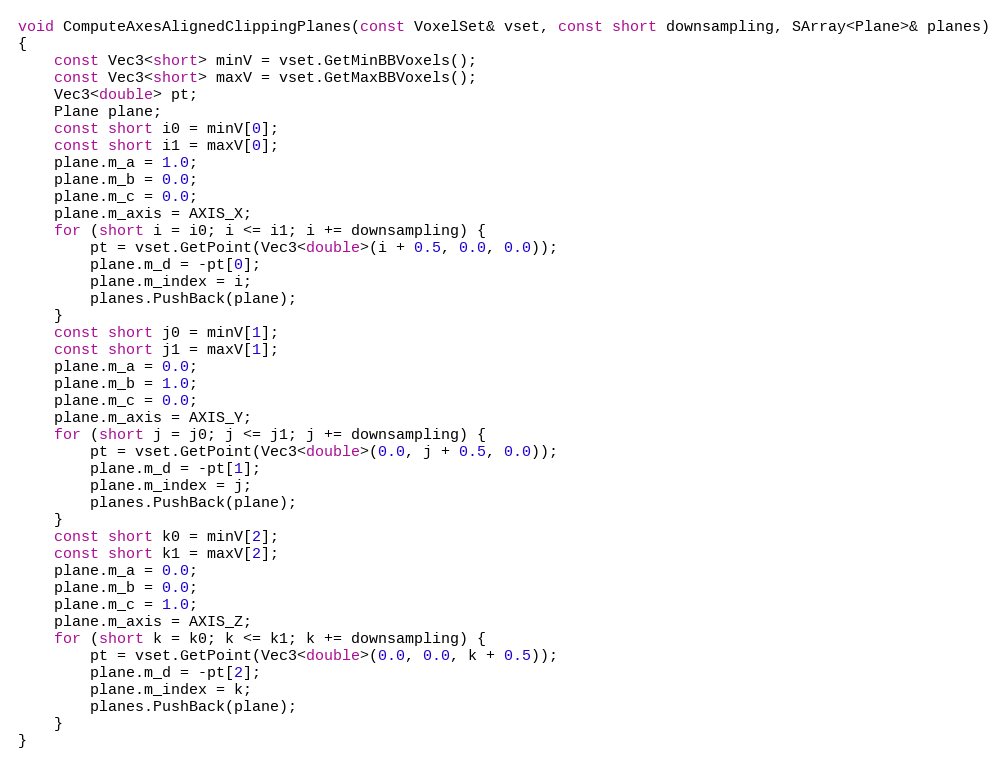
Language: C++
void ComputeAxesAlignedClippingPlanes(const VoxelSet& vset, const short downsampling, SArray<Plane>& planes)
{
    const Vec3<short> minV = vset.GetMinBBVoxels();
    const Vec3<short> maxV = vset.GetMaxBBVoxels();
    Vec3<double> pt;
    Plane plane;
    const short i0 = minV[0];
    const short i1 = maxV[0];
    plane.m_a = 1.0;
    plane.m_b = 0.0;
    plane.m_c = 0.0;
    plane.m_axis = AXIS_X;
    for (short i = i0; i <= i1; i += downsampling) {
        pt = vset.GetPoint(Vec3<double>(i + 0.5, 0.0, 0.0));
        plane.m_d = -pt[0];
        plane.m_index = i;
        planes.PushBack(plane);
    }
    const short j0 = minV[1];
    const short j1 = maxV[1];
    plane.m_a = 0.0;
    plane.m_b = 1.0;
    plane.m_c = 0.0;
    plane.m_axis = AXIS_Y;
    for (short j = j0; j <= j1; j += downsampling) {
        pt = vset.GetPoint(Vec3<double>(0.0, j + 0.5, 0.0));
        plane.m_d = -pt[1];
        plane.m_index = j;
        planes.PushBack(plane);
    }
    const short k0 = minV[2];
    const short k1 = maxV[2];
    plane.m_a = 0.0;
    plane.m_b = 0.0;
    plane.m_c = 1.0;
    plane.m_axis = AXIS_Z;
    for (short k = k0; k <= k1; k += downsampling) {
        pt = vset.GetPoint(Vec3<double>(0.0, 0.0, k + 0.5));
        plane.m_d = -pt[2];
        plane.m_index = k;
        planes.PushBack(plane);
    }
}